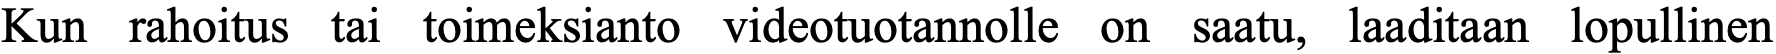
Kun rahoitus tai toimeksianto videotuotannolle on saatu, laaditaan lopullinen